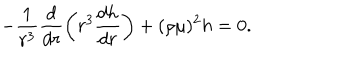
LaTeX: - \frac { 1 } { r ^ { 3 } } \frac { d } { d r } \left( r ^ { 3 } \frac { d h } { d r } \right) + ( \rho \mu ) ^ { 2 } h = 0 .